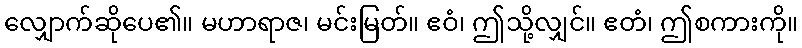
လျှောက်ဆိုပေ၏။ မဟာရာဇ၊ မင်းမြတ်။ ဧဝံ၊ ဤသို့လျှင်။ ဧတံ၊ ဤစကားကို။